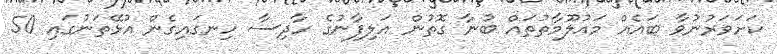
ކަށަވަރުނުވާ ބައެއް މައުލޫމާތުތައް ބުނާ ގޮތުން އަލިފާނުގެ ހާދިސާ ހިނގައިގެން އުޅޭތަނުގައި 50